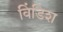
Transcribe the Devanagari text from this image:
विंडिश